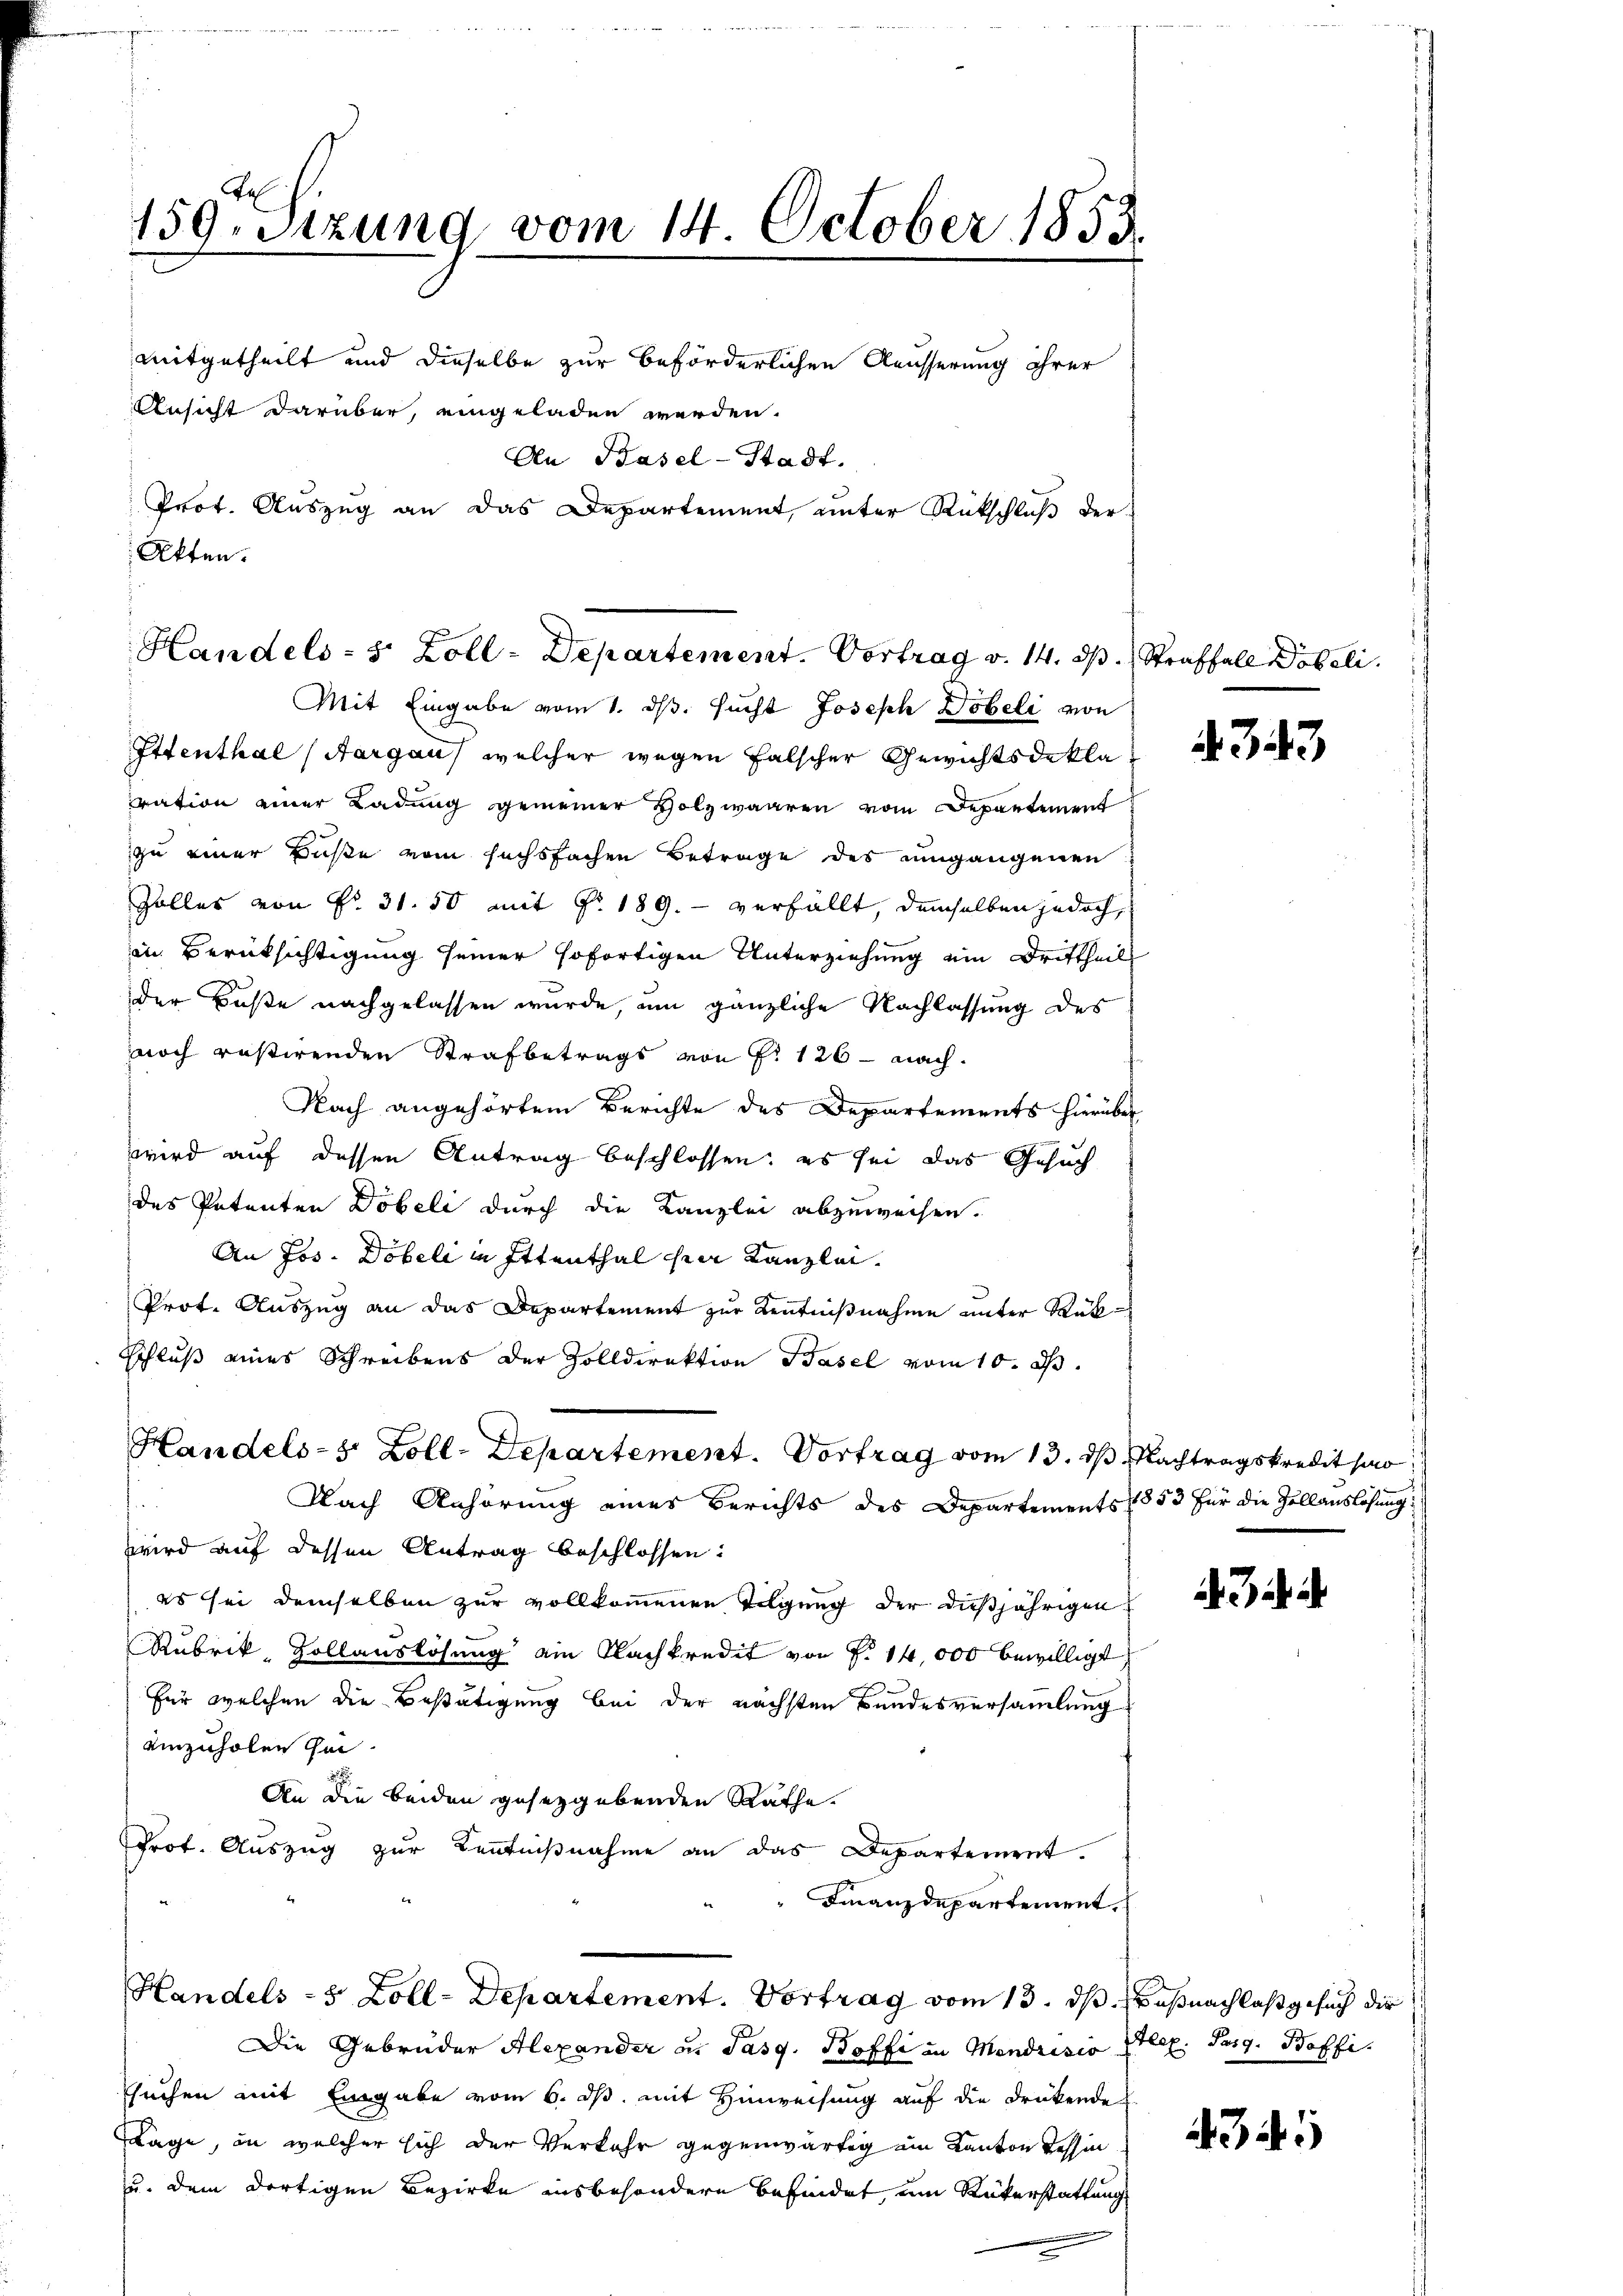
Ta
159. Sitzung vom 14. October 1853.

mitgetheilt und dieselbe zur beförderlichen Aeusserung ihrer
Ansicht darüber, eingeladen werden.
An Basel-Stadt.
Prot. Auszug an das Departement, unter Rückschluß der
Akten.

Handels- 5 Zoll-Departement. Vortrag v. 14. ds. Straffall Döbeli

Mit Eingabe vom 1. ds. sucht Joseph Dobeli von
Ittenthal (Aargau, welcher wegen falscher Gewichtsdekla
ration einer Ladung gemeiner Holzwaaren vom Departement
zu einer Buße vom sechsfachen Betrage des umgangenen
Zöller von Nr. 31. 50 mit No. 189. - verfällt, demselben jedoch,
in Berücksichtigung seiner sofortigen Unterziehung ein Drittheil
der Buße nachgelassen wurde, um gänzliche Nachlassung des
noch rastirenden Strafbetrags von Fr. 126 - nach.
Nach angehörtem Berichte des Departements hierüber
wird auf dessen Antrag beschlossen; es sei das Gesuch
des Petenten Döbeli durch die Kanzlei abzuweisen.
An Jos. Döbeli in Ittenthal hier Kanzlei.
Prot. Auszug an das Departement zur Kenntnißnahme unter Rük¬
Schluß eines Schreibens der Zolldirektion Basel vom 10. d.
Handels-8 Zoll-Departement. Vortrag vom 13. ds. Nachtragskredit ha
Nach Anhörung eines Berichts des Departements 1853 für die Zollauslösung
wird auf dessen Antrag beschlossen:
es sei demselben zur vollkommenen Tilgung der dießjährigen
Rubrik, Zollauslösung am Nachkredit von P. 14,000 bewilligt
für welchen die Bestätigung bei der nächsten Bundesversammlung
einzuholen zu
An die beiden gesetzgebenden Rathe.
Prot. Auszug zur Kentnißnahme an das Departement.
Finanzdepartement,
Handels- 5 Zoll-Departement. Vortrag vom 13. ds. Daß nachlaß gesuch der
Die Gebrüder Alexander an Pasg. Boffe in Mendrisis seel. Sarg. Boffisuchen mit Eingabe vom 6. ds. mit Hinweisung auf die drükende
Lage, in welcher sich der Verkehr gegenwärtig ein Kanton Tessin
u. dem dortigen Bezirke insbesondere befindet, um Rükerstattung

343

34

341